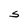
Character: S